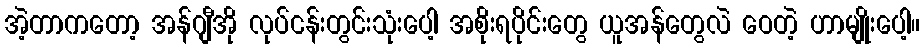
အဲ့တာကတော့ အန်ဂျီအို လုပ်ငန်းတွင်းသုံးပေါ့ အစိုးရပိုင်းတွေ ယူအန်တွေလဲ ဝေတဲ့ ဟာမျိုးပေါ့။